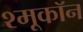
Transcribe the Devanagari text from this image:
श्मूकॉन